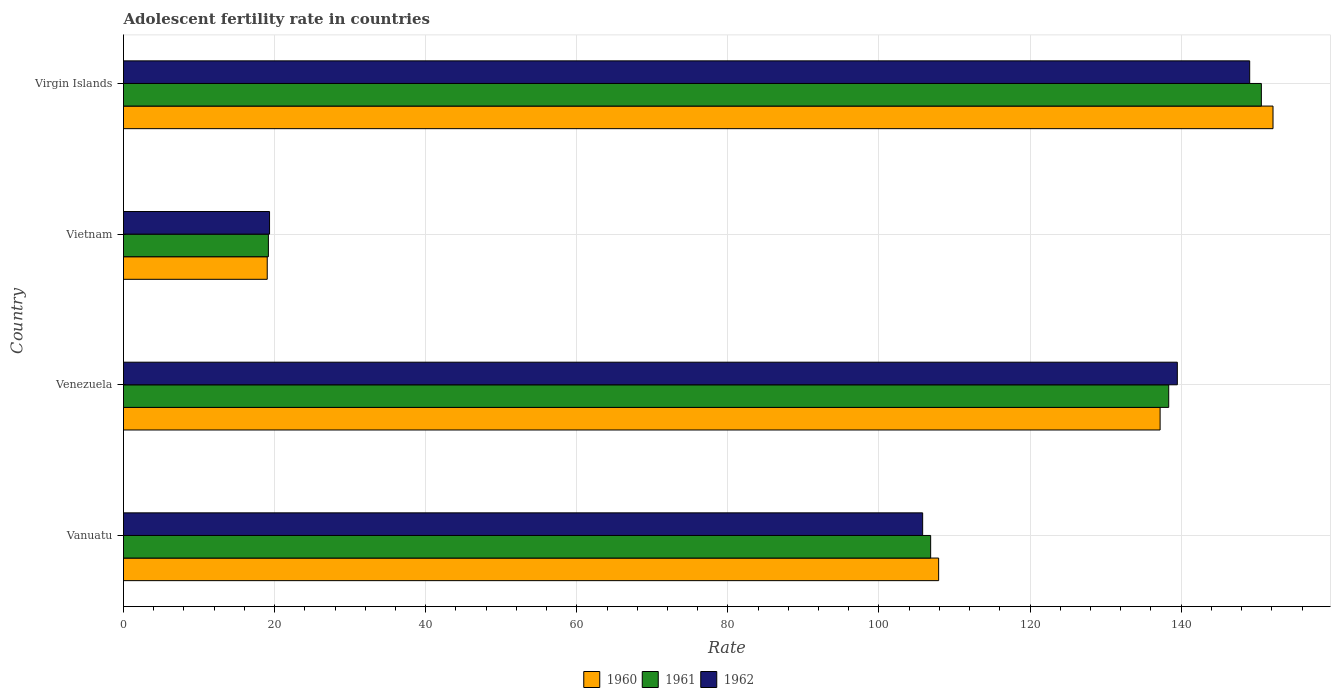
| Country | 1960 | 1961 | 1962 |
 | --- | --- | --- | --- |
 | Vanuatu | 108 | 107 | 106 |
 | Venezuela | 137 | 138 | 139 |
 | Vietnam | 19 | 19.2 | 19.3 |
 | Virgin Islands | 152 | 151 | 149 |